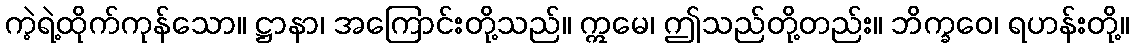
ကဲ့ရဲ့ထိုက်ကုန်သော။ ဋ္ဌာနာ၊ အကြောင်းတို့သည်။ ဣမေ၊ ဤသည်တို့တည်း။ ဘိက္ခဝေ၊ ရဟန်းတို့။